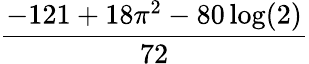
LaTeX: \frac{-121+18\pi^{2}-80\log(2)}{72}